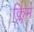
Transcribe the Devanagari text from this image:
क्लिम